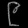
Digit: ၉